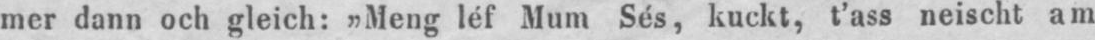
mer dann och gleich: „Meng léf Mum Sés, kuckt, t’ass neischt am